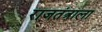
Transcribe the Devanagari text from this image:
राजतंत्राला